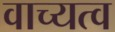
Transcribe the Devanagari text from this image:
वाच्यत्व